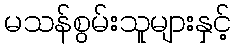
မသန်စွမ်းသူများနှင့်